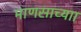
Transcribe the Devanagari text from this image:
माणसाच्याा